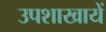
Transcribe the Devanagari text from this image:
उपशाखायें